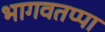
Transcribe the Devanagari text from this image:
भागवतप्पा